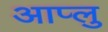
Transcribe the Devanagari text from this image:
आप्लु